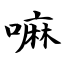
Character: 嘛